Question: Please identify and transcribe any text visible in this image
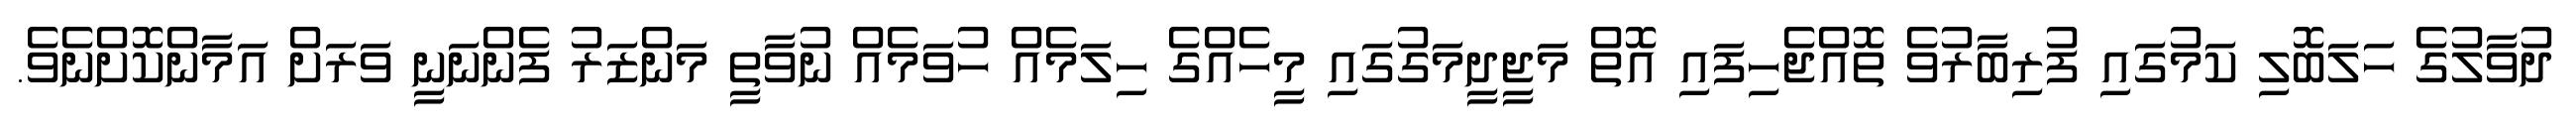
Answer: ދުވާލުގެ ހަލަބޮލި ކަމުގައި ފުރިބާރުވެ ތޮއްޖެހިފައި އޮތް މަޖީދީމަގުގައި މީހެއްގެ ހިލަމެއް ހުވަމެއް ނުވާތީ މަންޒަރު ފެންނަނީ ވަރަށް އަމާންކޮށްނެވެ.